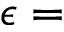
\epsilon =